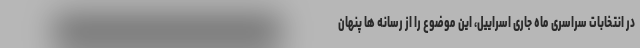
در انتخابات سراسری ماه جاری اسراییل، این موضوع را از رسانه ها پنهان